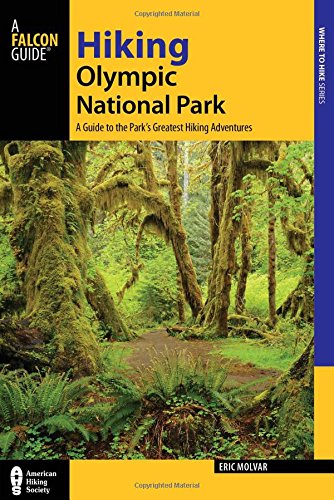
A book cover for Hiking Olympic National Park: A Guide to the Park's Greatest Hiking Adventures (Regional Hiking Series); Erik Molvar; Sports & Outdoors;